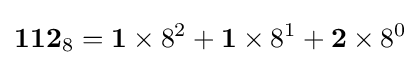
\mathbf {112} _{8}=\mathbf {1} \times 8^{2}+\mathbf {1} \times 8^{1}+\mathbf {2} \times 8^{0}